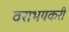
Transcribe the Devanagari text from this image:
वराभयकरी